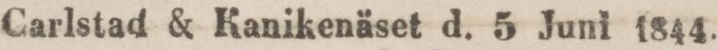
Carlstad & Kanikenäset d. 5 Juni 1844.